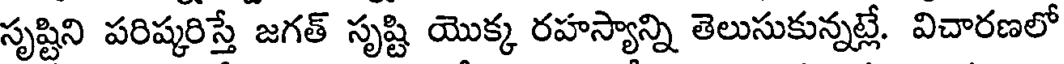
సృష్టిని పరిష్కరిస్తే జగత్ సృష్టి యొక్క రహస్యాన్ని తెలుసుకున్నట్లే. విచారణలో